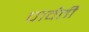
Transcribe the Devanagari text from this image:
पार्वतीं